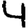
Digit: 4